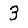
Digit: 3